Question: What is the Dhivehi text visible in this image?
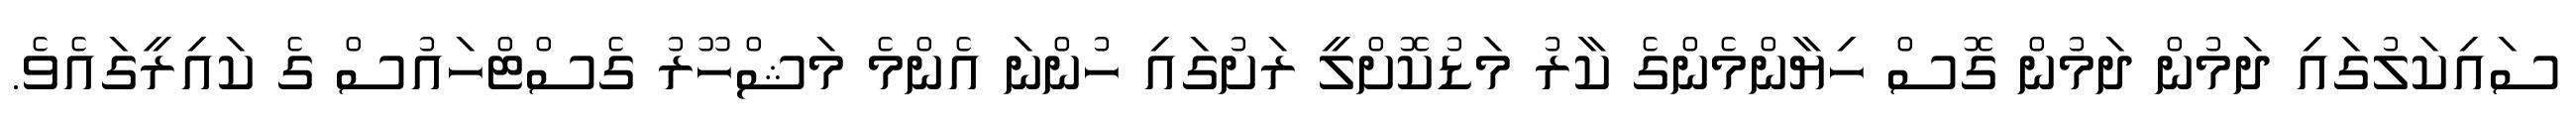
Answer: ސައިކަލުގައި ދަމުން ދަމުން ގޮސް ހިޔާންމެންގެ ކާރު މަޑުކޮށްލީ ރަށުގައި ހުންނަ އެންމެ މަޝްހޫރު ގެސްޓްހައުސް ގެ ކައިރީގައެވެ.